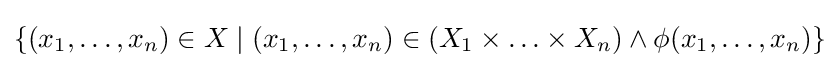
\{(x_{1},\ldots ,x_{n})\in X\mid (x_{1},\ldots ,x_{n})\in (X_{1}\times \ldots \times X_{n})\land \phi (x_{1},\ldots ,x_{n})\}